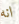
انه